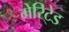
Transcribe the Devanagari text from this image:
मेरिटेड